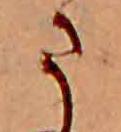
ま